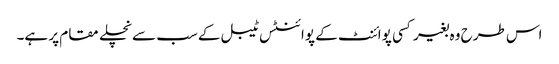
اس طرح وہ بغیر کسی پوائنٹ کے پوائنٹس ٹیبل کے سب سے نچلے مقام پر ہے۔